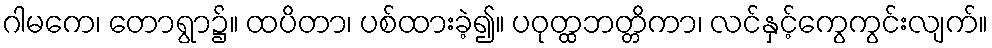
ဂါမကေ၊ တောရွာ၌။ ထပိတာ၊ ပစ်ထားခဲ့၍။ ပဝုတ္ထဘတ္တိကာ၊ လင်နှင့်ကွေကွင်းလျက်။